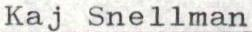
Kaj Snellman